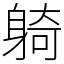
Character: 躸